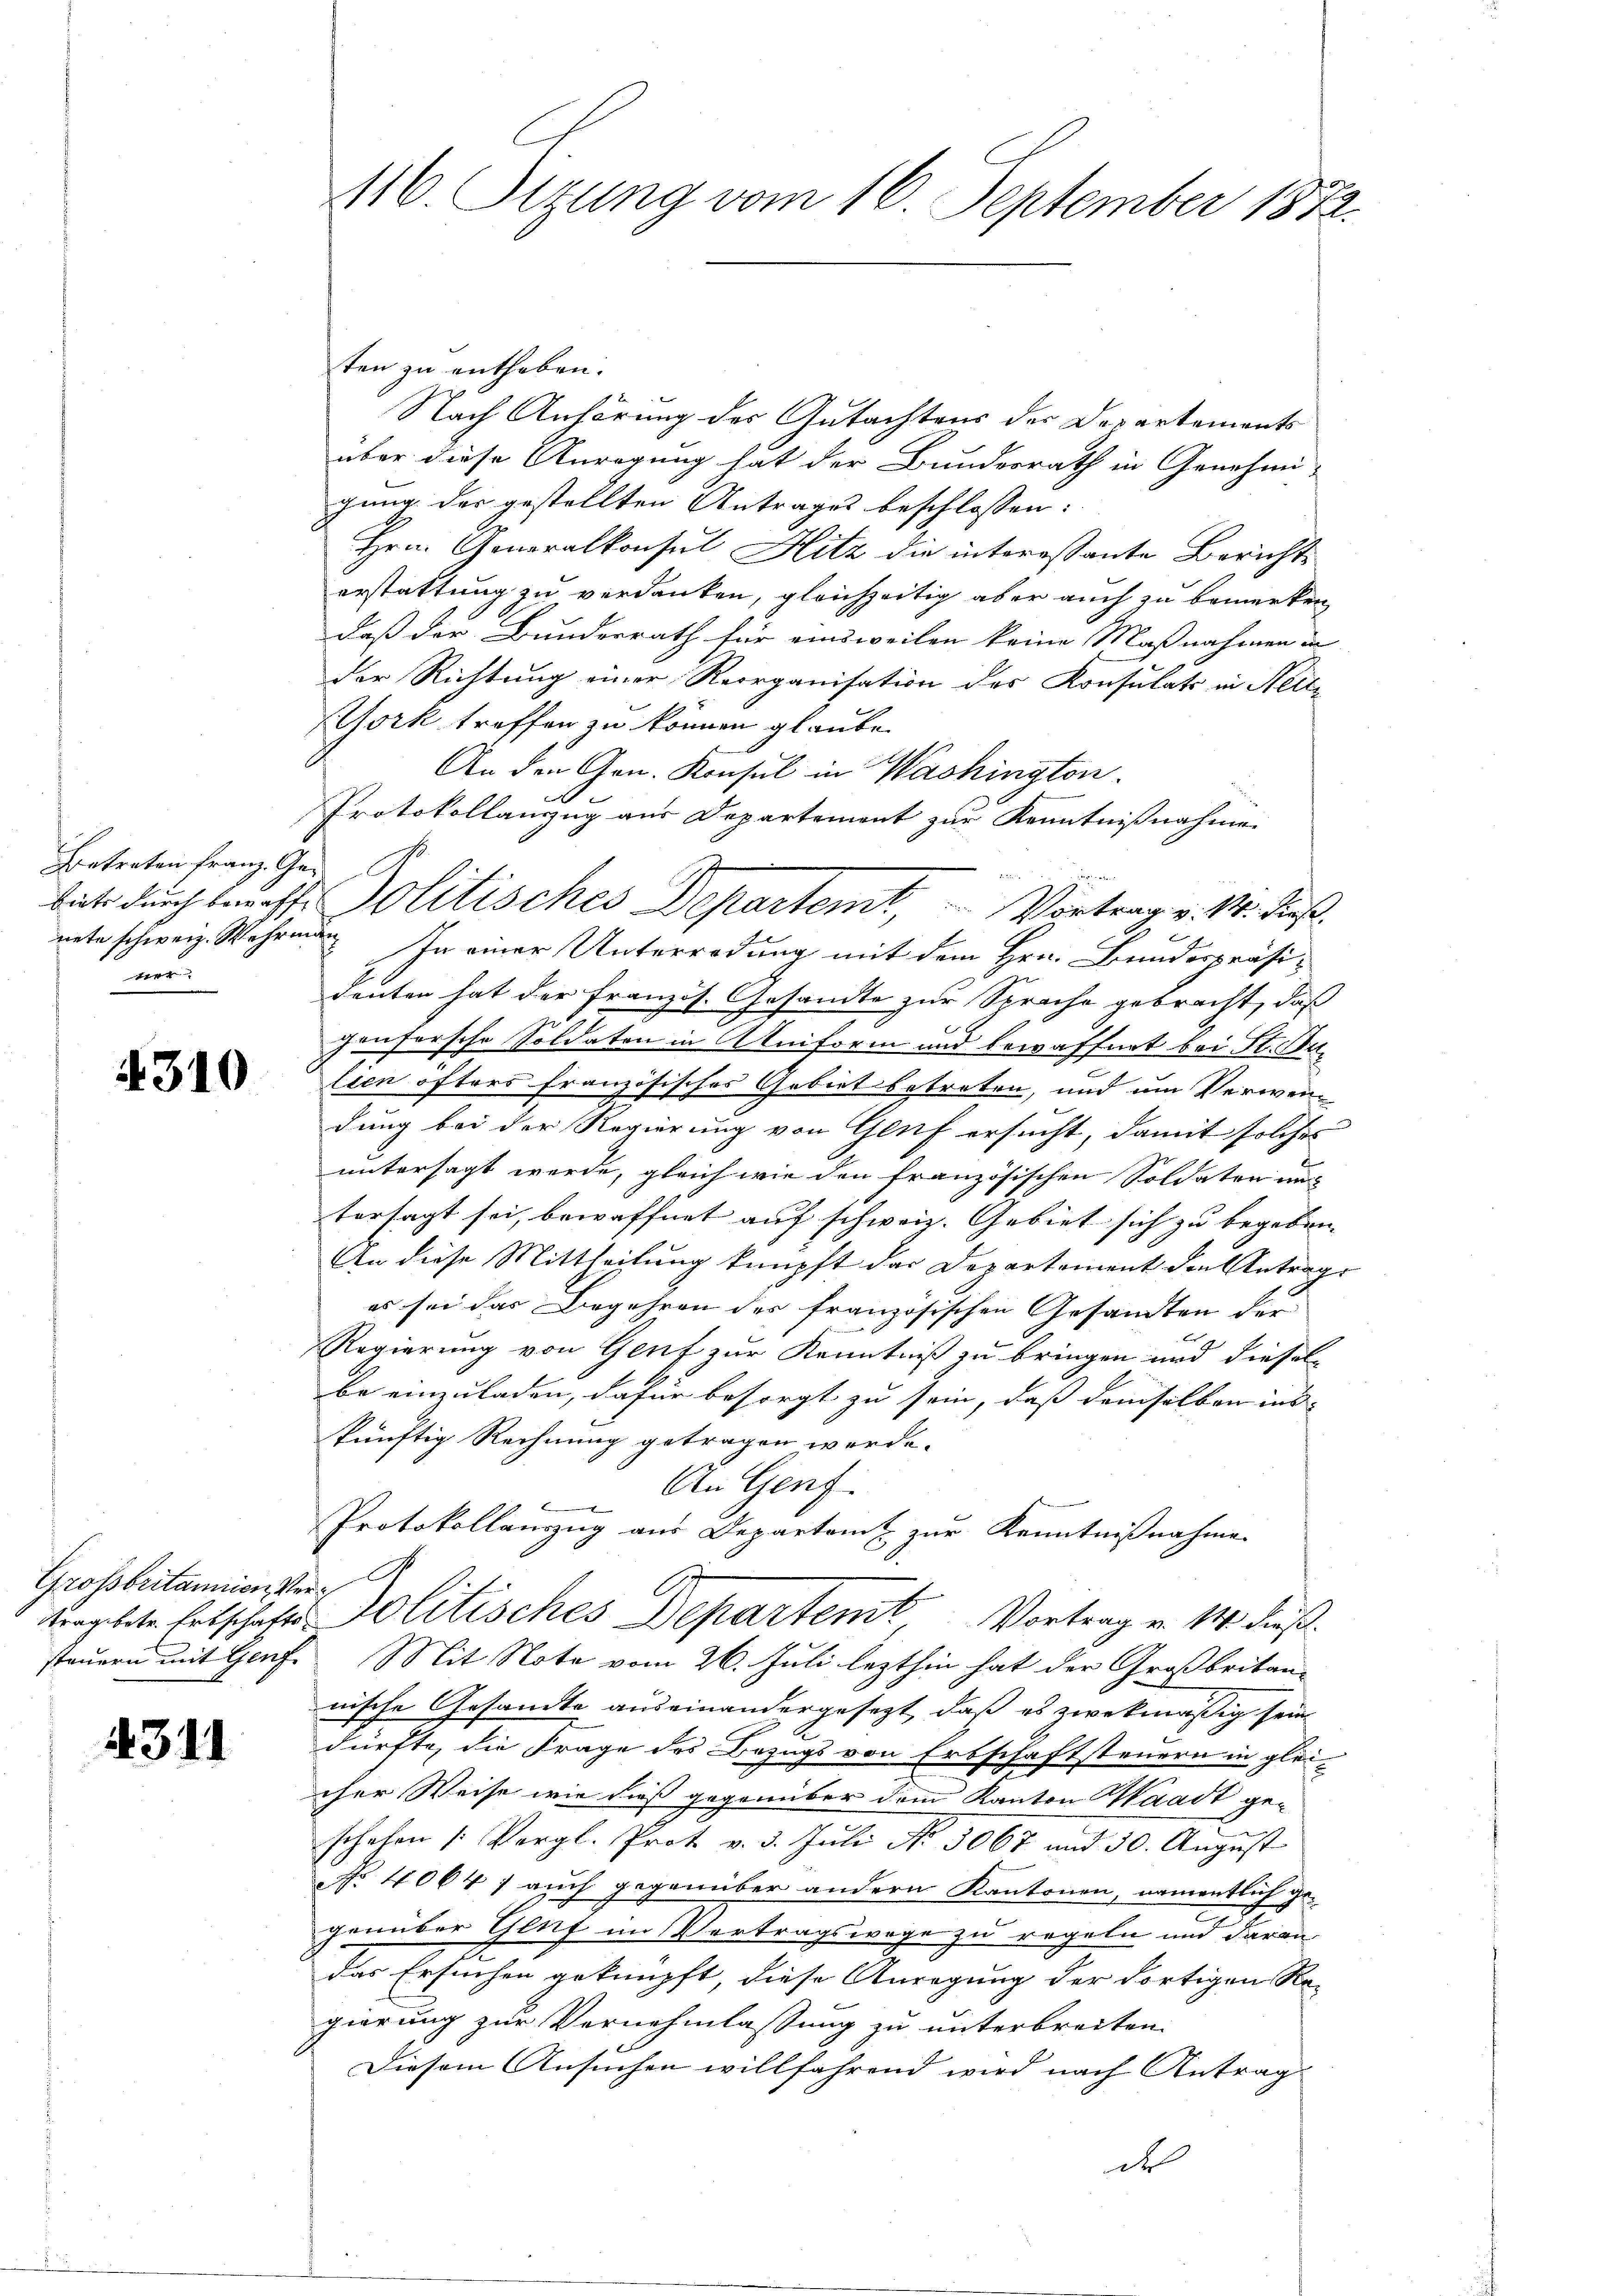
Betreten Franz. Ge-
ver

4310

ten zu enthoben.
Nach Anhörung des Gutachtens der Departements
über diese Anregung hat der Bundesrath in Genehmi-
gung der gestellten Antrages beschlossen:
Hrn. Generalkonsul Hitz die interessante Berichte
erstattung zu verdanken, gleichzeitig aber auch zu bemerken
daß der Bundesrath für einsweilen keine Maßnahmen in
der Richtung einer Reorganisation des Konsulats in Neit¬
York treffen zu können glaube.
An den Gen. Konsul in Washington.
Protokollanzug aus Departement zur Kenntnißnahme
nete schweiz. Wahren. In einer Unterredung mit dem Hrn. Bundespräsideuten hat der Französ. Gesandte zur Sprache gebracht, daß
gonforsche Soldaten in Uniform und bewaffnet bei St. Aulien öfters französisches Gebiet betreten, und um Verwendung bei der Regierung von Genf ersucht, damit solches
untersagt werde, gleich wie den französischen Soldaten nich
tersagt sei, bewaffnet auf schweiz. Gebiet sich zu begeben, |
An diese Mittheilung knüpft das Departement den Antrags
es sei das Begehren des französischen Gesandten der
Regierung von Genf zur Kenntniß zu bringen und diesel
be einzuladen, dafür besorgt zu sein, dass demselben ins- |
künftig Rechnung getragen werde.
An Genf.
Protokollanzug aus Departamt zur Kenntnißnahme
vergebete Entschaft Politisches Departenit Vortrag v. 14. dieß.
steuern mit Genf. Mit Note vom 26. Juli lezthin hat der Großbritan-
nische Gesandte auseinandergesezt, daß es zwekmäßig sein
dürfte, die Frage des Bezugs von Erbschaftsteuern in glei-
cher Weise wie dieß gegenüber dem Kanton Waadt geschehen (: Vergl. Prot. v. 3. Juli No 5067 und 30. August
NNo. 4064 / auch gegenüber andern Kantonen, namentlich gegenüber Genf im Vertragswege zu regeln und daran
Das Ersuchen geknüpft, diese Anregung der dortigen Re-
gierung zur Vernehmlassung zu unterbreiten.
Diesem Ansuchen willfahrend wird nach Antrag

Grossbritannien Ver-

3.11.

116. Perung vom 16. September 1872.

bate durch bewaffs Politisches Departemt, Vortrag v. M. dieß.